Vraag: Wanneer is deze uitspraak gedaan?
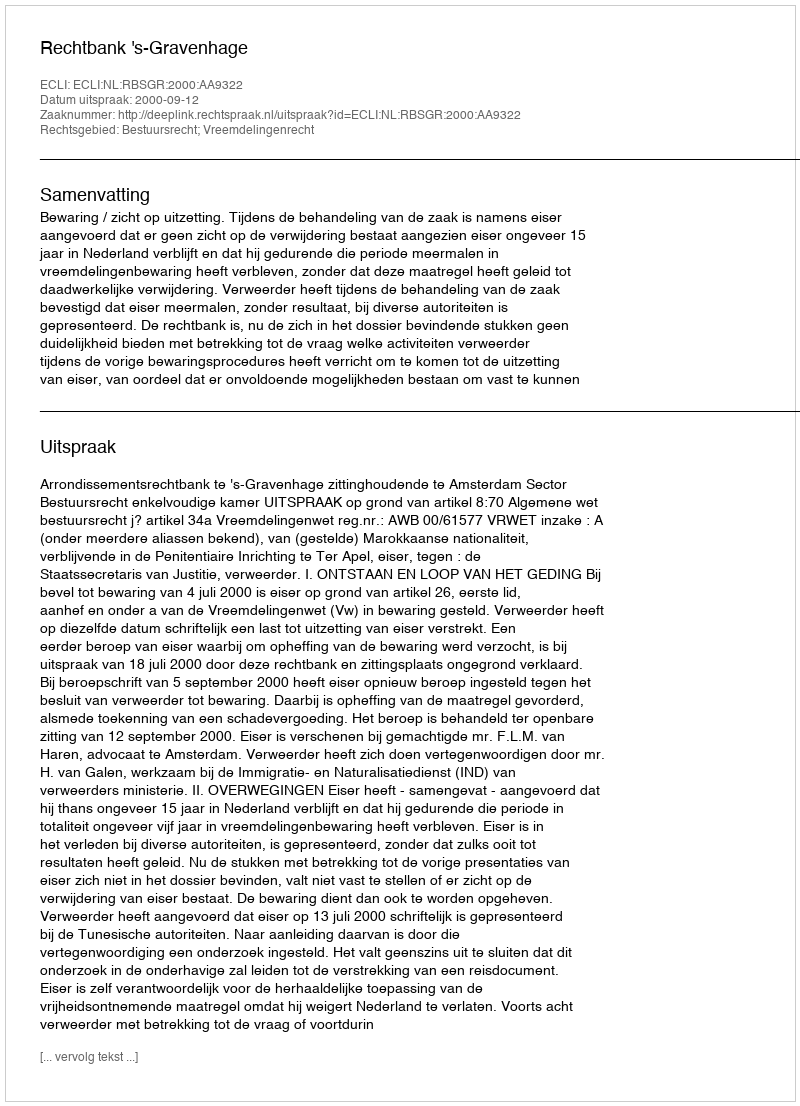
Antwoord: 2000-09-12